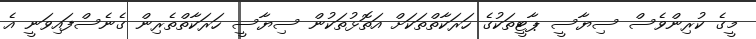
މީގެ ކުރިންވެސް ސިޔާސީ ޕާޓީތަކުގެ ހަރަކާތްތަކަށް އަތޮޅުތަކުން ސިޔާސީ ހަރަކާތްތެރިން ގެނެސްފައިވަނީ އެ